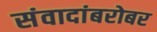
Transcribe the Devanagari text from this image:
संवादांबरोबर